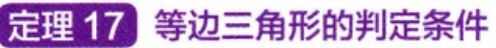
定理 17 等边三角形的判定条件